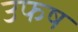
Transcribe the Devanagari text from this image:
उफष